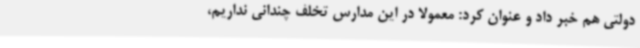
دولتی هم خبر داد و عنوان کرد: معمولا در این مدارس تخلف چندانی نداریم،